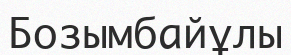
Бозымбайұлы